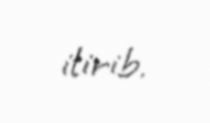
itirib.